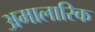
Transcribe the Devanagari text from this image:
अमालारिक